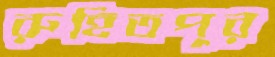
রুহিতপুর